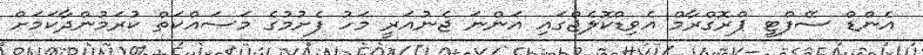
އެންޑް ސޭފްޓީ ޕްރޮގްރާމް އެވިޑްކޮލެޖްގައި އަންނަ ޖެނުއަރީ މަހު ފެށުމުގެ މަސައްކަތް ކުރަމުންދާކަމަށް